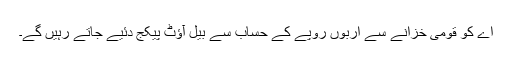
اے کو قومی خزانے سے اربوں روپے کے حساب سے بیل آؤٹ پیکج دئیے جاتے رہیں گے۔